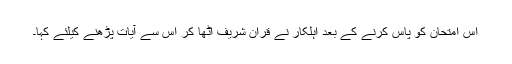
اس امتحان کو پاس کرنے کے بعد اہلکار نے قران شریف اٹھا کر اس سے آیات پڑھنے کیلئے کہا۔